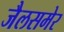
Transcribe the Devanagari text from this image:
जैलसमेर